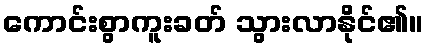
ကောင်းစွာကူးခတ် သွားလာနိုင်၏။